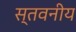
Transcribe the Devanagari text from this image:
स्तवनीय